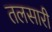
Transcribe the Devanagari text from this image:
तलसारी